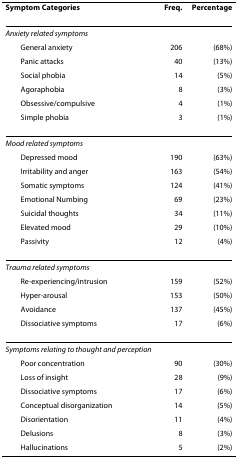
<table><thead><tr><td><b>Symptom Categories</b></td><td><b>Freq.</b></td><td><b>Percentage</b></td></tr></thead><tbody><tr><td><i>Anxiety related symptoms</i></td><td></td><td></td></tr><tr><td> General anxiety</td><td>206</td><td>(68%)</td></tr><tr><td> Panic attacks</td><td>40</td><td>(13%)</td></tr><tr><td> Social phobia</td><td>14</td><td>(5%)</td></tr><tr><td> Agoraphobia</td><td>8</td><td>(3%)</td></tr><tr><td> Obsessive/compulsive</td><td>4</td><td>(1%)</td></tr><tr><td> Simple phobia</td><td>3</td><td>(1%)</td></tr><tr><td><i>Mood related symptoms</i></td><td></td><td></td></tr><tr><td> Depressed mood</td><td>190</td><td>(63%)</td></tr><tr><td> Irritability and anger</td><td>163</td><td>(54%)</td></tr><tr><td> Somatic symptoms</td><td>124</td><td>(41%)</td></tr><tr><td> Emotional Numbing</td><td>69</td><td>(23%)</td></tr><tr><td> Suicidal thoughts</td><td>34</td><td>(11%)</td></tr><tr><td> Elevated mood</td><td>29</td><td>(10%)</td></tr><tr><td> Passivity</td><td>12</td><td>(4%)</td></tr><tr><td><i>Trauma related symptoms</i></td><td></td><td></td></tr><tr><td> Re-experiencing/intrusion</td><td>159</td><td>(52%)</td></tr><tr><td> Hyper-arousal</td><td>153</td><td>(50%)</td></tr><tr><td> Avoidance</td><td>137</td><td>(45%)</td></tr><tr><td> Dissociative symptoms</td><td>17</td><td>(6%)</td></tr><tr><td><i>Symptoms relating to thought and perception</i></td><td></td><td></td></tr><tr><td> Poor concentration</td><td>90</td><td>(30%)</td></tr><tr><td> Loss of insight</td><td>28</td><td>(9%)</td></tr><tr><td> Dissociative symptoms</td><td>17</td><td>(6%)</td></tr><tr><td> Conceptual disorganization</td><td>14</td><td>(5%)</td></tr><tr><td> Disorientation</td><td>11</td><td>(4%)</td></tr><tr><td> Delusions</td><td>8</td><td>(3%)</td></tr><tr><td> Hallucinations</td><td>5</td><td>(2%)</td></tr></tbody></table>